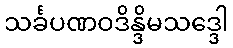
သင်္ခပဏဝဒိန္ဒိမသဒ္ဒေါ